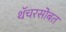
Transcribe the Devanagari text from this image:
थॅचरसोबत